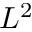
L ^ { 2 }